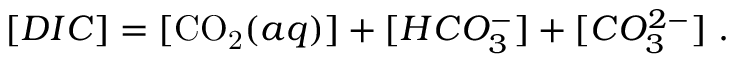
\begin{array} { r } { [ D I C ] = [ \ensuremath { \mathrm { C O _ { 2 } } } ( a q ) ] + [ H C O _ { 3 } ^ { - } ] + [ C O _ { 3 } ^ { 2 - } ] \mathrm { ~ . ~ } } \end{array}